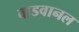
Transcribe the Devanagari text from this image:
वाडवानल